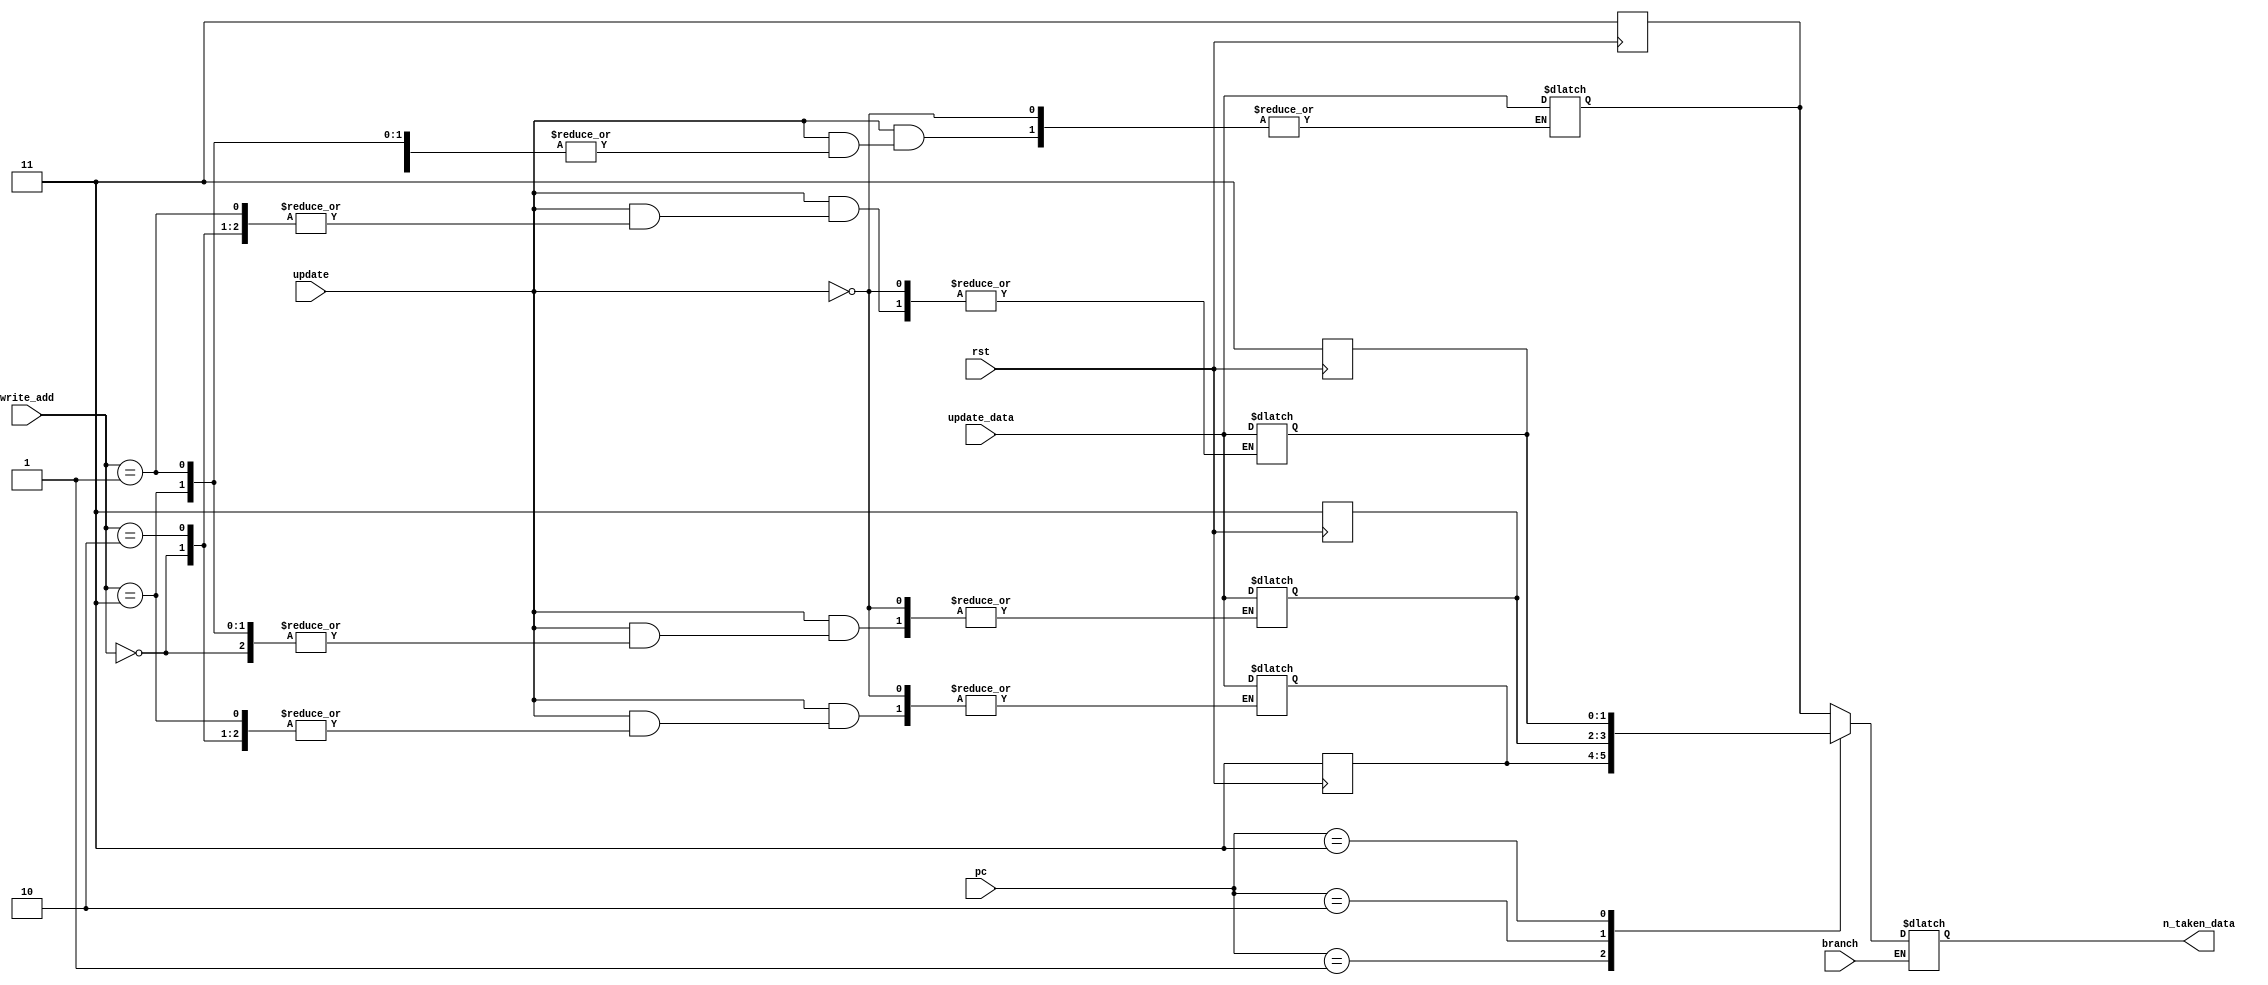
`timescale 1ns / 1ps
//////////////////////////////////////////////////////////////////////////////////
// Company: 
// Engineer: 
// 
// Design Name: 
// Module Name: BHT
// Project Name: 
// Target Devices: 
// Tool Versions: 
// Description: 
// 
// Dependencies: 
// 
// Revision:
// Revision 0.01 - File Created
// Additional Comments:
// 
//////////////////////////////////////////////////////////////////////////////////


module BHT(input rst,
input [1:0]pc,
input [1:0]update_data,
input [1:0]write_add,
input update,
input branch,
output reg [1:0]n_taken_data
    );
    
    reg [1:0]history_table[0:3];
    always @(negedge rst)
     begin
     if(rst==0)
      begin
      history_table[0]=2'b11;
      history_table[1]=2'b11;
      history_table[2]=2'b11;
      history_table[3]=2'b11;
      end
     end
    
    always @(*)
      begin
      if(branch)
        n_taken_data=history_table[pc];
      end
    
    always @(*)
      begin
       if(update)
         #2
         history_table[write_add]=update_data;
         end
     
    
endmodule